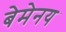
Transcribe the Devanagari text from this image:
बेमेनय